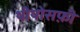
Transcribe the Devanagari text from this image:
थीयोसफ़ी